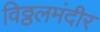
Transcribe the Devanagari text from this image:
विठ्ठलमंदीर